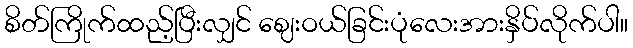
စိတ်ကြိုက်ထည့်ပြီးလျှင် ဈေးဝယ်ခြင်းပုံလေးအားနှိပ်လိုက်ပါ။